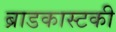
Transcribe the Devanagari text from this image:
ब्राडकास्टकी